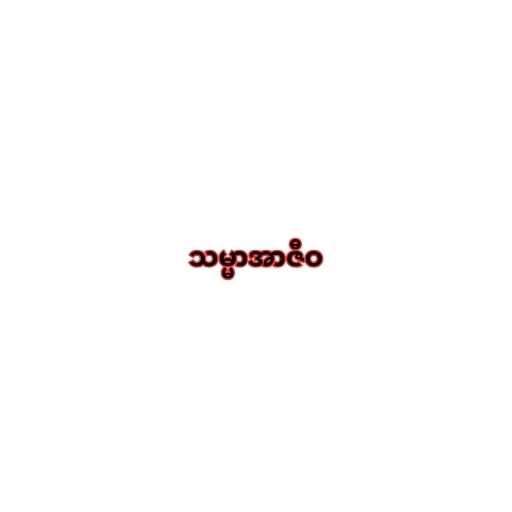
သမ္မာအာဇီဝ